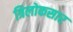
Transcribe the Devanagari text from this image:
त्रिलोकसार